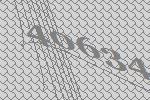
40634